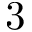
3